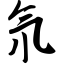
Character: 氘